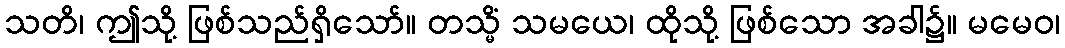
သတိ၊ ဤသို့ ဖြစ်သည်ရှိသော်။ တသ္မိံ သမယေ၊ ထိုသို့ ဖြစ်သော အခါ၌။ မမေဝ၊